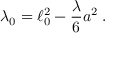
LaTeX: \lambda _ { 0 } = \ell _ { 0 } ^ { 2 } - \frac { \lambda } { 6 } a ^ { 2 } \; .